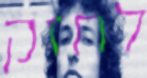
לחזק